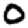
Digit: 0